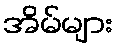
အိမ်များ